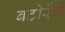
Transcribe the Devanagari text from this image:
बटोरेंगे